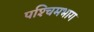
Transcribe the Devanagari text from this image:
पश्‍चिमभाग